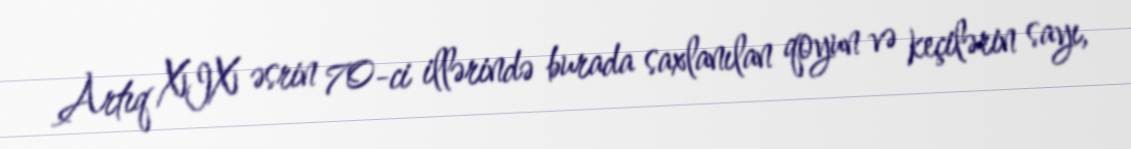
Artıq XIX əsrin 70-ci illərində burada saxlanılan qoyun və keçilərin sayı,